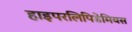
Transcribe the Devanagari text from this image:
हाइपरलिपिडेमियस